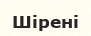
Шірені